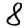
Digit: 8